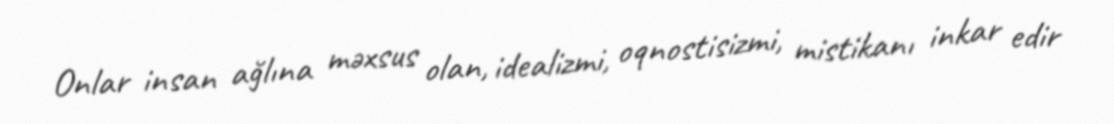
Onlar insan ağlına məxsus olan, idealizmi, oqnostisizmi, mistikanı inkar edir